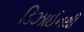
ડિઝાઈનથી